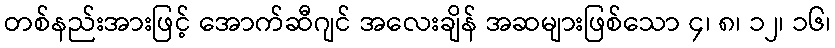
တစ်နည်းအားဖြင့် အောက်ဆီဂျင် အလေးချိန် အဆများဖြစ်သော ၄၊ ၈၊ ၁၂၊ ၁၆၊